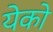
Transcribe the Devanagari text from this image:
येको